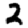
Digit: 2